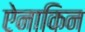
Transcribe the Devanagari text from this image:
ऐनाकिन